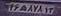
۴۶ه۸۷۸۱۳